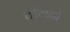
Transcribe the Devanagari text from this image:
टाँगबो